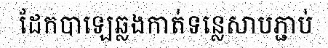
ដែកបាឡេឆ្លងកាត់ទន្លេសាបភ្ជាប់